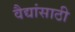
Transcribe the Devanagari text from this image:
वैद्यांसाठी